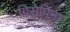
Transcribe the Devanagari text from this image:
गिसेपिना